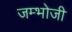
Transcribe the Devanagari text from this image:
जम्भोजी